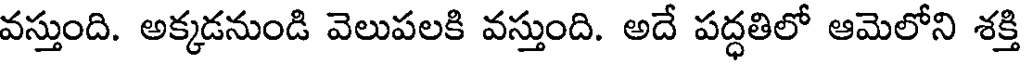
వస్తుంది. అక్కడనుండి వెలుపలకి వస్తుంది. అదే పద్ధతిలో ఆమెలోని శక్తి